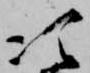
次